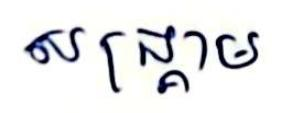
សង្គ្រាម